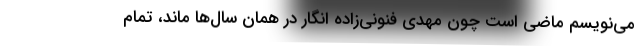
می‌نویسم ماضی است چون مهدی فنونی‌زاده انگار در همان سال‌ها ماند، تمام